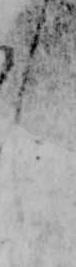
し